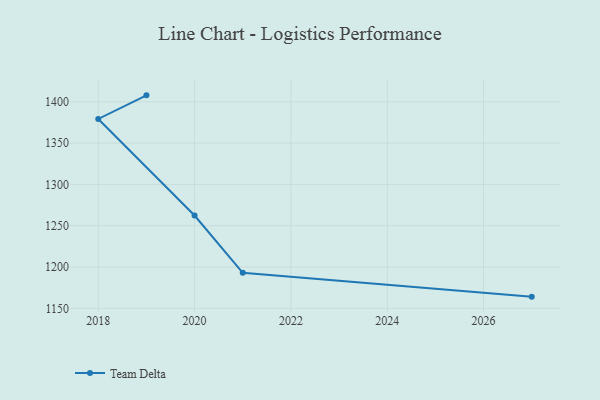
{"axis": {"x": "Year", "y": "Budget (USD K)"}, "legend": ["Team Delta"], "data": [{"x": "2019", "y": 1407.8, "type": "Team Delta"}, {"x": "2018", "y": 1379.2, "type": "Team Delta"}, {"x": "2020", "y": 1262.3, "type": "Team Delta"}, {"x": "2021", "y": 1192.9, "type": "Team Delta"}, {"x": "2027", "y": 1164.1, "type": "Team Delta"}]}